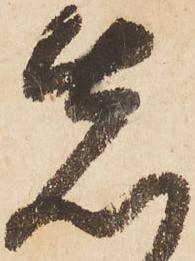
先